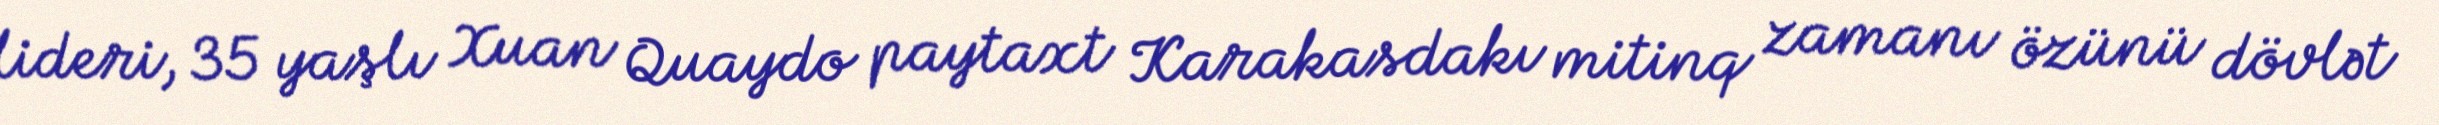
lideri, 35 yaşlı Xuan Quaydo paytaxt Karakasdakı mitinq zamanı özünü dövlət